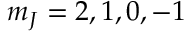
m _ { J } = 2 , 1 , 0 , - 1